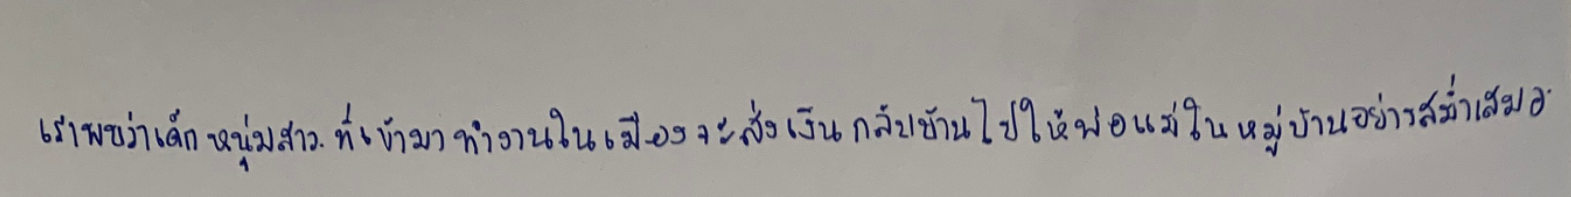
เราพบว่าเด็กหนุ่มสาวที่เข้ามาทำงานในเมืองจะส่งเงินกลับบ้านไปให้พ่อแม่ในหมู่บ้านอย่างสม่ำเสมอ